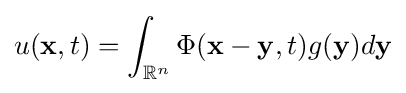
u(\mathbf {x} ,t)=\int _{\mathbb {R} ^{n}}\Phi (\mathbf {x} -\mathbf {y} ,t)g(\mathbf {y} )d\mathbf {y}